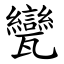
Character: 㽋